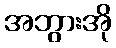
အဘွားအို